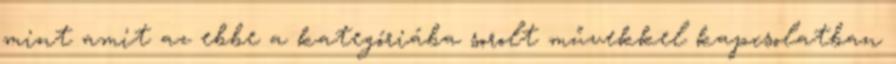
mint amit az ebbe a kategóriába sorolt művekkel kapcsolatban